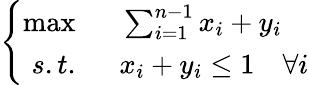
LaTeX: \left\{ \begin{array}{rl}{\operatorname*{max}\; \; }&{{}\sum_{i=1}^{n-1}x_{i}+y_{i}}\\ {s.t.\; \; }&{{}x_{i}+y_{i}\leq 1\quad\forall i}\end{array}\right.